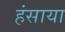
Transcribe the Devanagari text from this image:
हंसाया